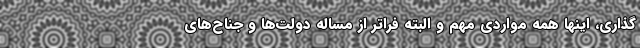
‌گذاری، اینها همه مواردی مهم و البته فراتر از مساله دولت‌ها و جناح‌های